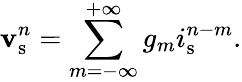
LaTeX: \mathbf{v}_{\mathrm{{s}}}^{n}=\sum_{m=-\infty}^{+\infty}g_{m}i_{\mathrm{{s}}}^{n-m}.